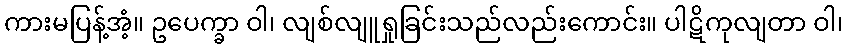
ကားမပြန့်အံ့။ ဥပေက္ခာ ဝါ၊ လျစ်လျူရှုခြင်းသည်လည်းကောင်း။ ပါဋိကုလျတာ ဝါ၊